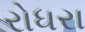
રોધરા